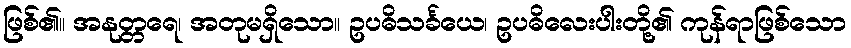
ဖြစ်၏။ အနုတ္တရေ၊ အတုမရှိသော။ ဥပဓိသင်္ခယေ၊ ဥပဓိလေးပါးတို့၏ ကုန်ရာဖြစ်သော